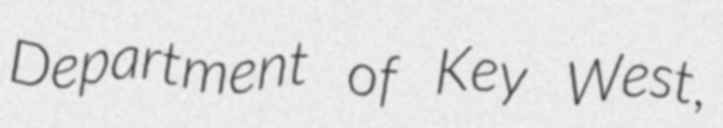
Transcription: Department of Key West,